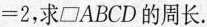
=2，求\parallelogram ABCD的周长。